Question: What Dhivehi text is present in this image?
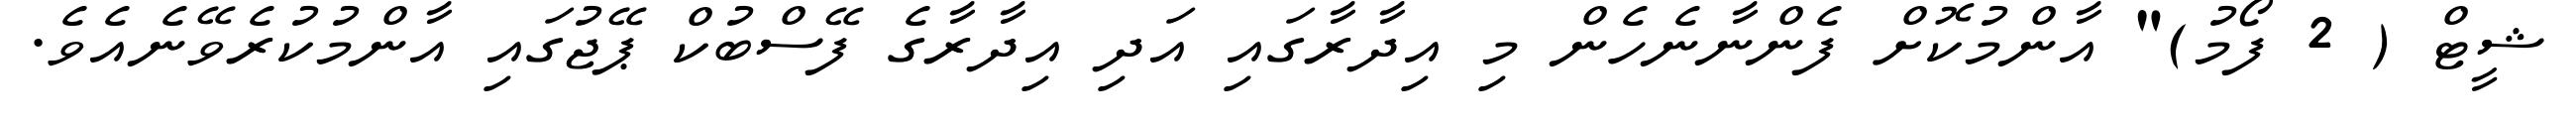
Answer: ޝީޓް ( 2 ފޯމު)" އާންމުކޮށް ފެންނާނެހެން މި އިދާރާގައި އަދި އިދާރާގެ ފޭސްބުކް ޕޭޖުގައި އާންމުކުރެވޭނެއެވެ.